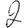
Digit: 2